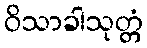
ဝိသာခါသုတ္တံ